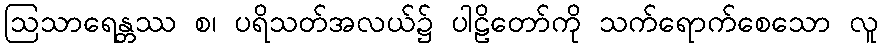
ဩသာရေန္တဿ စ၊ ပရိသတ်အလယ်၌ ပါဠိတော်ကို သက်ရောက်စေသော လူ